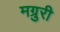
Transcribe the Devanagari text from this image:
मग्रुरी